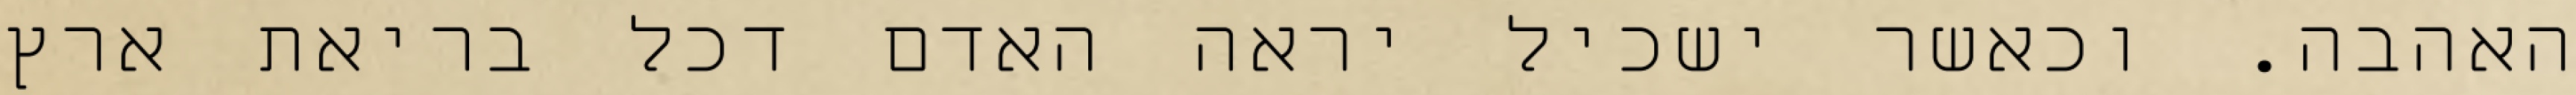
האהבה. וכאשר ישכיל יראה האדם דכל בריאת ארץ